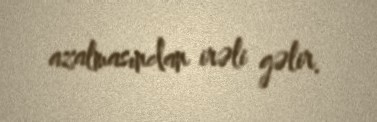
azalmasından irəli gəlir.